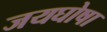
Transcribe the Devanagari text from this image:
जयघोषा